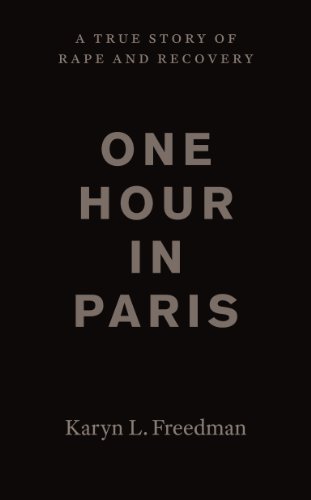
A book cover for One Hour in Paris: A True Story of Rape and Recovery; Karyn L. Freedman; Politics & Social Sciences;